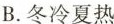
B.冬冷夏热